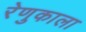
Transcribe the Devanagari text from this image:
रेणुकाला